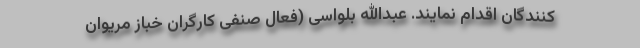
‌کنندگان اقدام نمایند. عبدالله بلواسی (فعال صنفی کارگران خباز مریوان